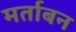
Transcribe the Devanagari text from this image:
मर्ताबन